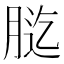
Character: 𦛰